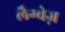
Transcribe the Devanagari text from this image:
लैग्वेज़